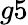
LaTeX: g5